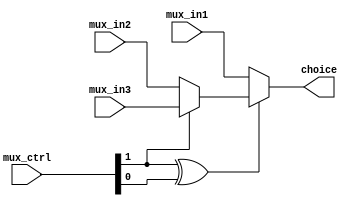
module MUX3x1(choice, mux_in1, mux_in2, mux_in3, mux_ctrl);
            ////output, input, input, ctrl

        output  [31:0]  choice;
        input   [31:0]  mux_in1, mux_in2, mux_in3;
        input   [1:0]   mux_ctrl;

        assign choice = (mux_ctrl[1] ^ mux_ctrl[0])? (mux_ctrl[1]? mux_in3 : mux_in2) : mux_in1;

        endmodule